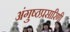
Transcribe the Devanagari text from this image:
अंगुष्ठप्रसारिणी